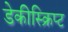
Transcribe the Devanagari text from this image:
डेकीस्क्रिप्ट